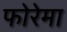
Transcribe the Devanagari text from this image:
फोरेमा